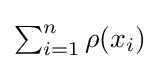
{\textstyle \sum _{i=1}^{n}\rho (x_{i})}